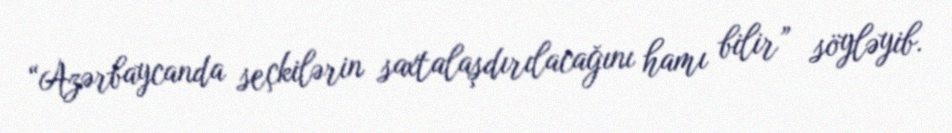
“Azərbaycanda seçkilərin saxtalaşdırılacağını hamı bilir” söyləyib.